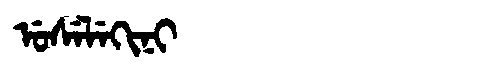
Manchu: ᡠᠰᡝᠯᡝᡴᡳᠨᡳ
Romanization: USELEKINI